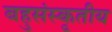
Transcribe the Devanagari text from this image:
बहुसंस्कृतीय